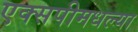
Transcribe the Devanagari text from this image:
एक्सपीमधल्या